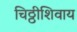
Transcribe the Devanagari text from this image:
चिठ्ठीशिवाय